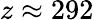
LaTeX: z\approx 292